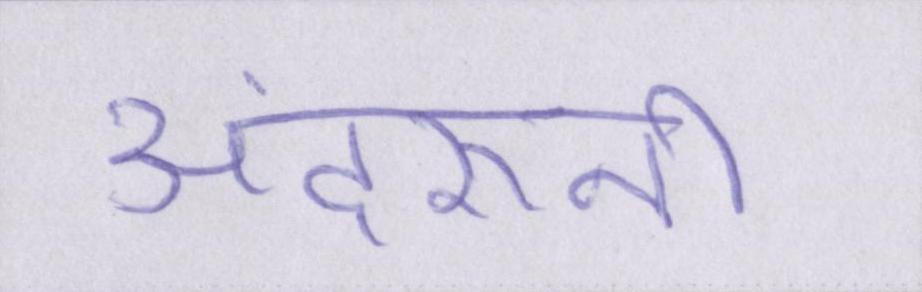
अंदरूनी